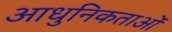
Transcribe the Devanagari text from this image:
आधुनिकताओं